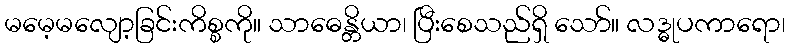
မမေ့မလျော့ခြင်းကိစ္စကို။ သာဓေန္တိယာ၊ ပြီးစေသည်ရှိ သော်။ လဒ္ဓုပကာရော၊